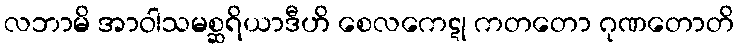
လဘာမိ အာဝါသမစ္ဆရိယာဒီဟိ စေလကေဋု ကတတော ဂုဏတောတိ